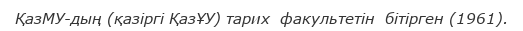
ҚазМУ-дың (қазіргі ҚазҰУ) тарих  факультетін  бітірген (1961).